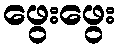
ဖွေးဖွေး